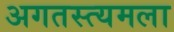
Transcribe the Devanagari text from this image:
अगतस्त्यमला